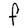
Character: F